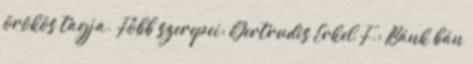
örökös tagja. Főbb szerepei: Gertrudis Erkel F.: Bánk bán